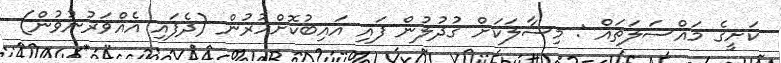
ކަށީގެ މައްސަލަތައް : މިސާލަކަށް ގުދުލުން ފައި އައިބުކޮށްހުރުން (ދެފައި އެއްވަރުނުވުން)